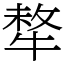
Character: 㹈